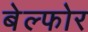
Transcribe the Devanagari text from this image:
बेल्फोर